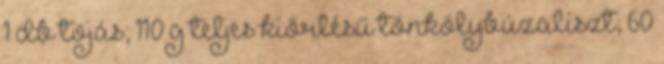
1 db tojás; 110 g teljes kiőrlésű tönkölybúzaliszt; 60